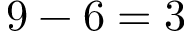
9 - 6 = 3